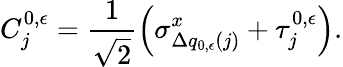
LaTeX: C_{j}^{0,\epsilon}=\frac{1}{\sqrt{2}}\left(\sigma_{\Delta q_{0,\epsilon}(j)}^{x}+\tau_{j}^{0,\epsilon}\right).